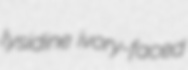
lysidine ivory-faced